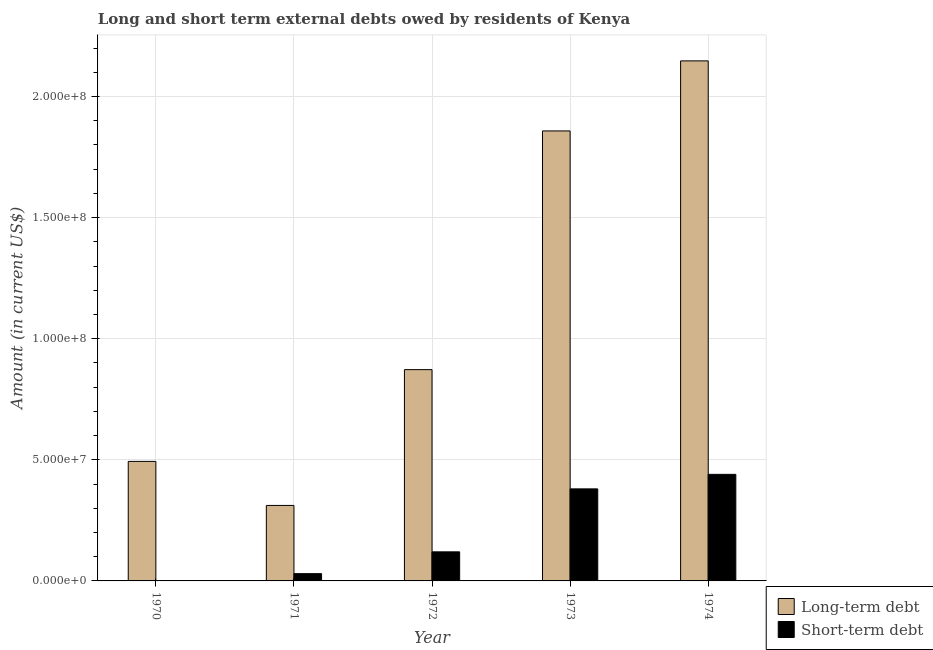
| Year | Long-term debt | Short-term debt |
 | --- | --- | --- |
 | 1970 | 4.93e+07 | -2.25e+08 |
 | 1971 | 3.12e+07 | 3e+06 |
 | 1972 | 8.72e+07 | 1.2e+07 |
 | 1973 | 1.86e+08 | 3.8e+07 |
 | 1974 | 2.15e+08 | 4.4e+07 |